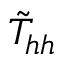
\tilde { T } _ { h h }